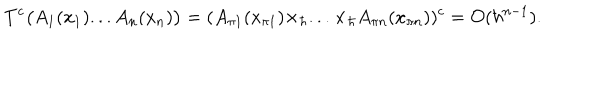
T ^ { c } \bigl ( A _ { 1 } ( x _ { 1 } ) . . . A _ { n } ( x _ { n } ) \bigr ) = ( A _ { \pi 1 } ( x _ { \pi 1 } ) \times _ { \hbar } . . . \times _ { \hbar } A _ { \pi n } ( x _ { \pi n } ) ) ^ { c } = { \cal O } ( \hbar ^ { n - 1 } ) .